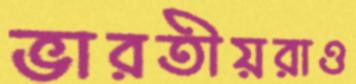
ভারতীয়রাও